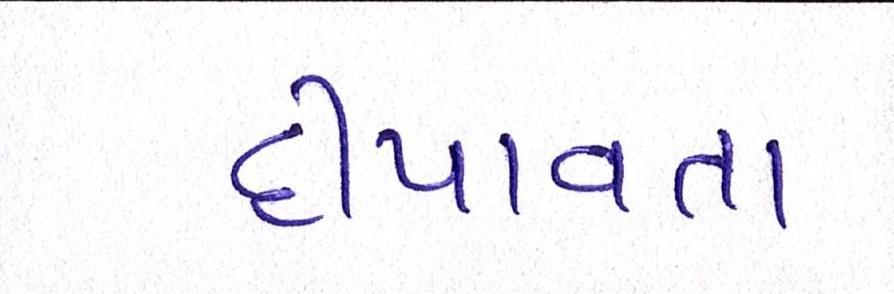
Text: દીપાવતા